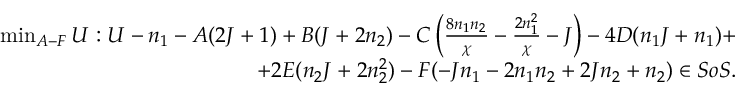
\begin{array} { r } { \operatorname* { m i n } _ { A - F } U : U - n _ { 1 } - A ( 2 J + 1 ) + B ( J + 2 n _ { 2 } ) - C \left( \frac { 8 n _ { 1 } n _ { 2 } } { \chi } - \frac { 2 n _ { 1 } ^ { 2 } } { \chi } - J \right) - 4 D ( n _ { 1 } J + n _ { 1 } ) + } \\ { + 2 E ( n _ { 2 } J + 2 n _ { 2 } ^ { 2 } ) - F ( - J n _ { 1 } - 2 n _ { 1 } n _ { 2 } + 2 J n _ { 2 } + n _ { 2 } ) \in S o S . } \end{array}